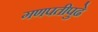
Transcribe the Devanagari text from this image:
गणपतीपुढे